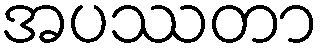
အပဿတာ